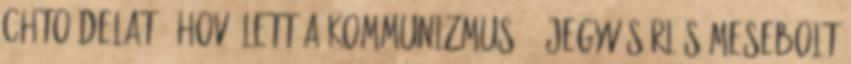
Chto delat?: HOVÁ LETT A KOMMUNIZMUS? - JEGYVÁSÁRLÁS Mesebolt